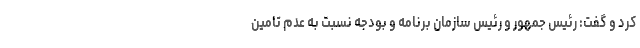
کرد و گفت: رئیس جمهور و رئیس سازمان برنامه و بودجه نسبت به عدم تامین